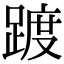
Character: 踱